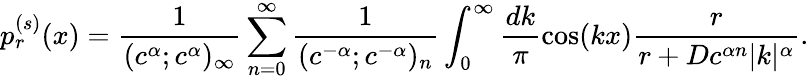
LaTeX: p_{r}^{(s)}(x)=\frac{1}{(c^{\alpha};c^{\alpha})_{\infty}}\sum_{n=0}^{\infty}\frac{1}{(c^{-\alpha};c^{-\alpha})_{n}}\int_{0}^{\infty}\frac{dk}{\pi}\cos(kx)\frac{r}{r+Dc^{\alpha n}|k|^{\alpha}}.